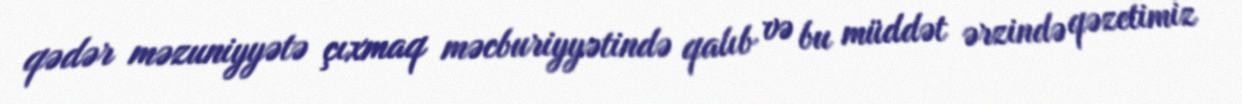
qədər məzuniyyətə çıxmaq məcburiyyətində qalıb və bu müddət ərzində qəzetimiz